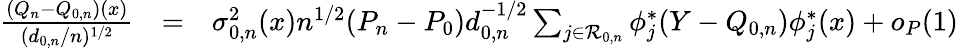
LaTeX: \begin{array}{rlr}{\frac{(Q_{n}-Q_{0,n})(x)}{(d_{0,n}/n)^{1/2}}}&{=}&{\sigma_{0,n}^{2}(x)n^{1/2}(P_{n}-P_{0})d_{0,n}^{-1/2}\sum_{j\in{\cal R}_{0,n}}\phi_{j}^{*}(Y-{Q_{0,n}})\phi_{j}^{*}(x)+o_{P}(1)}\end{array}